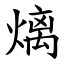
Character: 㷰